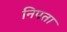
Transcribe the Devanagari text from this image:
निपता